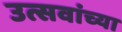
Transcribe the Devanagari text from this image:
उत्सवांच्या